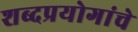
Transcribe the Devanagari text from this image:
शब्दप्रयोगांचे